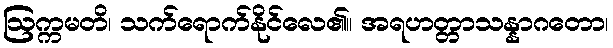
ဩက္ကမတိ၊ သက်ရောက်နိုင်လေ၏။ အရဟတ္တာသန္နာဂတော၊